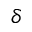
\delta